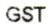
GST